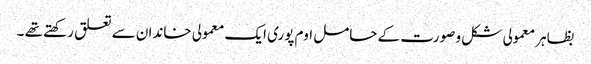
بظاہر معمولی شکل و صورت کے حامل اوم پوری ایک معمولی خاندان سے تعلق رکھتے تھے ۔